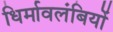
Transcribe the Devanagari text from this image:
धिर्मावलंबियों